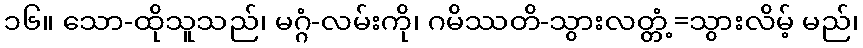
၁၆။ သော-ထိုသူသည်၊ မဂ္ဂံ-လမ်းကို၊ ဂမိဿတိ-သွားလတ္တံ့=သွားလိမ့် မည်၊